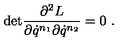
\mathrm { d e t } \frac { \partial ^ { 2 } L } { \partial \dot { q } ^ { n _ { 1 } } \partial \dot { q } ^ { n _ { 2 } } } = 0 \ .